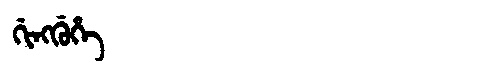
Manchu: ᡤᡳᠩᡤᡠᡥᡝ
Romanization: GINGGUHE